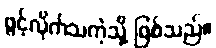
ဖွင့်လိုက်သကဲ့သို့ ဖြစ်သည်။